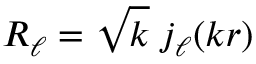
R _ { \ell } = \sqrt k \; j _ { \ell } ( k r )